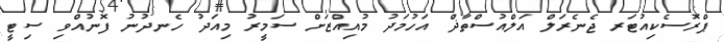
ޕްރޮސެކިއުޓަރ ޖެނެރަލް އަލްއުސްތާޛް އަހުމަދު މުއިއްޒަށް ސަމީރު މިއަދު ހެނދުނު ފޮނުއްވި ސިޓީ